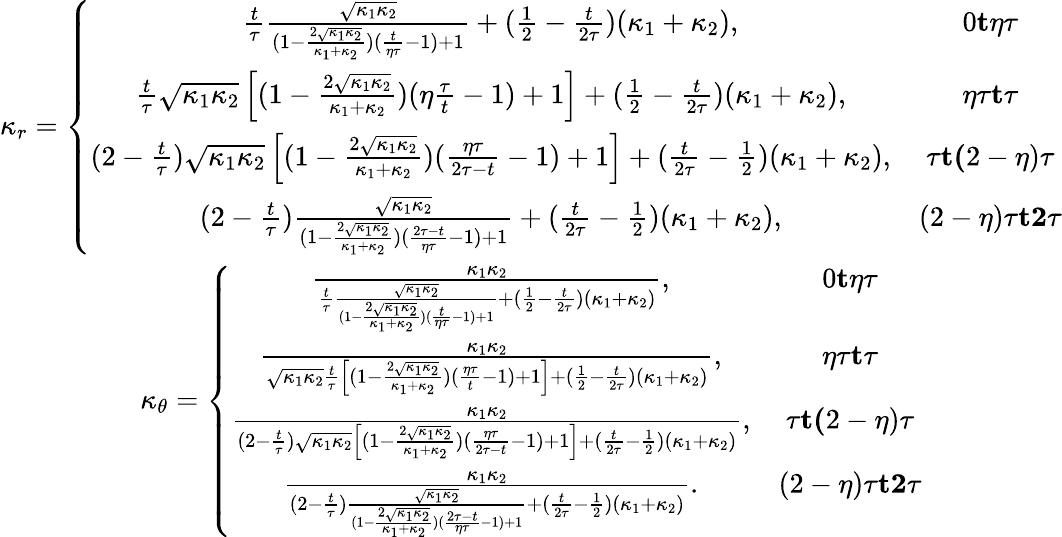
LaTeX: \begin{array}{cc}{\kappa_{r}=\left\lbrace\begin{array}{cc}{\frac{t}{\tau}\frac{\sqrt{\kappa_{1}\kappa_{2}}}{(1-\frac{2\sqrt{\kappa_{1}\kappa_{2}}}{\kappa_{1}+\kappa_{2}})(\frac{t}{\eta\tau}-1)+1}+(\frac{1}{2}-\frac{t}{2\tau})(\kappa_{1}+\kappa_{2}),}&{0\le t\le\eta\tau}\\ {\frac{t}{\tau}\sqrt{\kappa_{1}\kappa_{2}}\left[(1-\frac{2\sqrt{\kappa_{1}\kappa_{2}}}{\kappa_{1}+\kappa_{2}})(\eta\frac{\tau}{t}-1)+1\right]+(\frac{1}{2}-\frac{t}{2\tau})(\kappa_{1}+\kappa_{2}),}&{\eta\tau\le t\le\tau}\\ {(2-\frac{t}{\tau})\sqrt{\kappa_{1}\kappa_{2}}\left[(1-\frac{2\sqrt{\kappa_{1}\kappa_{2}}}{\kappa_{1}+\kappa_{2}})(\frac{\eta\tau}{2\tau-t}-1)+1\right]+(\frac{t}{2\tau}-\frac{1}{2})(\kappa_{1}+\kappa_{2}),}&{\tau\le t\le(2-\eta)\tau}\\ {(2-\frac{t}{\tau})\frac{\sqrt{\kappa_{1}\kappa_{2}}}{(1-\frac{2\sqrt{\kappa_{1}\kappa_{2}}}{\kappa_{1}+\kappa_{2}})(\frac{2\tau-t}{\eta\tau}-1)+1}+(\frac{t}{2\tau}-\frac{1}{2})(\kappa_{1}+\kappa_{2}),}&{(2-\eta)\tau\le t\le 2\tau}\end{array}\right.}\\ {\kappa_{\theta}=\left\lbrace\begin{array}{cc}{\frac{\kappa_{1}\kappa_{2}}{\frac{t}{\tau}\frac{\sqrt{\kappa_{1}\kappa_{2}}}{(1-\frac{2\sqrt{\kappa_{1}\kappa_{2}}}{\kappa_{1}+\kappa_{2}})(\frac{t}{\eta\tau}-1)+1}+(\frac{1}{2}-\frac{t}{2\tau})(\kappa_{1}+\kappa_{2})},}&{0\le t\le\eta\tau}\\ {\frac{\kappa_{1}\kappa_{2}}{\sqrt{\kappa_{1}\kappa_{2}}\frac{t}{\tau}\left[(1-\frac{2\sqrt{\kappa_{1}\kappa_{2}}}{\kappa_{1}+\kappa_{2}})(\frac{\eta\tau}{t}-1)+1\right]+(\frac{1}{2}-\frac{t}{2\tau})(\kappa_{1}+\kappa_{2})},}&{\eta\tau\le t\le\tau}\\ {\frac{\kappa_{1}\kappa_{2}}{(2-\frac{t}{\tau})\sqrt{\kappa_{1}\kappa_{2}}\left[(1-\frac{2\sqrt{\kappa_{1}\kappa_{2}}}{\kappa_{1}+\kappa_{2}})(\frac{\eta\tau}{2\tau-t}-1)+1\right]+(\frac{t}{2\tau}-\frac{1}{2})(\kappa_{1}+\kappa_{2})},}&{\tau\le t\le(2-\eta)\tau}\\ {\frac{\kappa_{1}\kappa_{2}}{(2-\frac{t}{\tau})\frac{\sqrt{\kappa_{1}\kappa_{2}}}{(1-\frac{2\sqrt{\kappa_{1}\kappa_{2}}}{\kappa_{1}+\kappa_{2}})(\frac{2\tau-t}{\eta\tau}-1)+1}+(\frac{t}{2\tau}-\frac{1}{2})(\kappa_{1}+\kappa_{2})}.}&{(2-\eta)\tau\le t\le 2\tau}\end{array}\right.}\end{array}